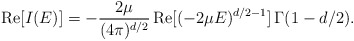
\begin{align*}\mbox{Re}[ I(E) ]=-\frac{2 \mu}{(4 \pi)^{d/2}}\, \mbox{Re}[(-2 \mu E)^{d/2-1}] \, \Gamma(1-d/2). \end{align*}